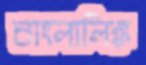
বাংলালিঙ্ক